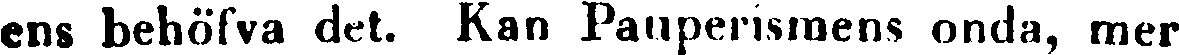
ens behöfva det. Kan Pauperismens onda, mer